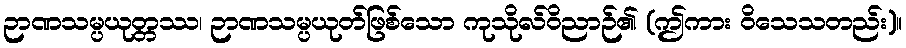
ဉာဏသမ္ပယုတ္တဿ၊ ဉာဏသမ္ပယုတ်ဖြစ်သော ကုသိုလ်ဝိညာဉ်၏ (ဤကား ဝိသေသတည်း)။